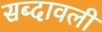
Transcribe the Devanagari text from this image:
सब्दावली